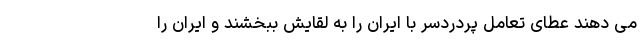
می دهند عطای تعامل پردردسر با ایران را به لقایش ببخشند و ایران را